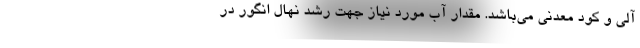
آلی و کود معدنی می‌باشد. مقدار آب مورد نیاز جهت رشد نهال انگور در